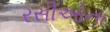
રસીઓના